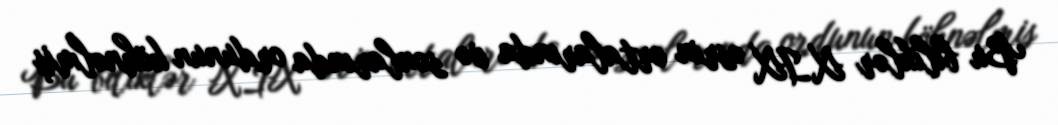
Bu biliklər XIX əsrin ortalarında və sonlarında ordunun köhnəlmiş